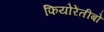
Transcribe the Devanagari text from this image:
फियोरेंतीबो